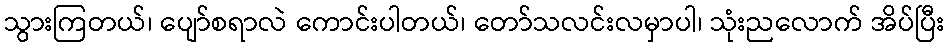
သွားကြတယ်၊ ပျော်စရာလဲ ကောင်းပါတယ်၊ တော်သလင်းလမှာပါ၊ သုံးညလောက် အိပ်ပြီး